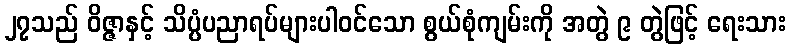
၂၇သည် ဝိဇ္ဇာနှင့် သိပ္ပံပညာရပ်များပါဝင်သော စွယ်စုံကျမ်းကို အတွဲ ၉ တွဲဖြင့် ရေးသား